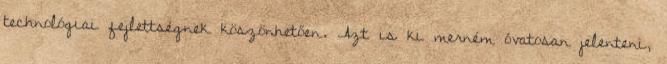
technológiai fejlettségnek köszönhetően. Azt is ki merném óvatosan jelenteni,